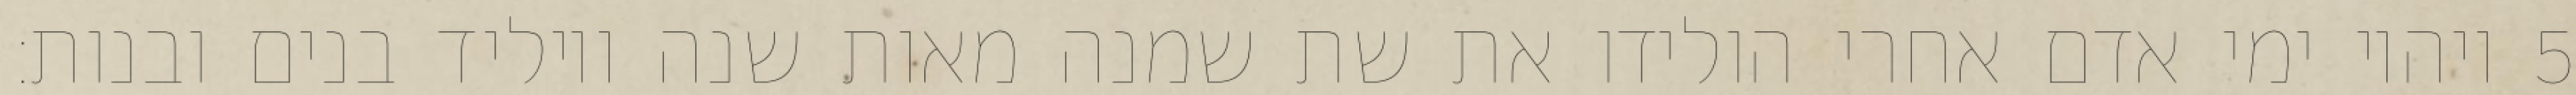
ויהיו ימי אדם אחרי הולידו את שת שמנה מאות שנה ויוליד בנים ובנות׃ ‎5‏